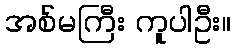
အစ်မကြီး ကူပါဦး။